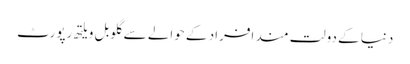
دنیا کے دولت مند افراد کے حوالے سے گلوبل ویلتھ رپورٹ